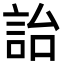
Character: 詒